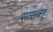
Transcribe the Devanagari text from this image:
सासबहू